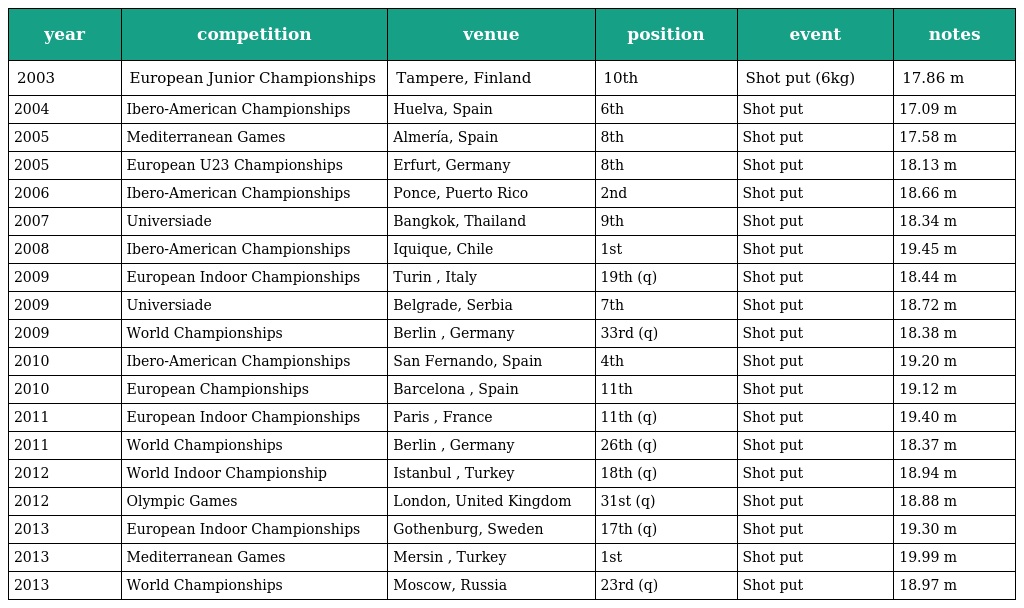
| year | competition | venue | position | event | notes |
 | --- | --- | --- | --- | --- | --- |
 | 2003 | European Junior Championships | Tampere, Finland | 10th | Shot put (6kg) | 17.86 m |
 | 2004 | Ibero-American Championships | Huelva, Spain | 6th | Shot put | 17.09 m |
 | 2005 | Mediterranean Games | Almería, Spain | 8th | Shot put | 17.58 m |
 | 2005 | European U23 Championships | Erfurt, Germany | 8th | Shot put | 18.13 m |
 | 2006 | Ibero-American Championships | Ponce, Puerto Rico | 2nd | Shot put | 18.66 m |
 | 2007 | Universiade | Bangkok, Thailand | 9th | Shot put | 18.34 m |
 | 2008 | Ibero-American Championships | Iquique, Chile | 1st | Shot put | 19.45 m |
 | 2009 | European Indoor Championships | Turin , Italy | 19th (q) | Shot put | 18.44 m |
 | 2009 | Universiade | Belgrade, Serbia | 7th | Shot put | 18.72 m |
 | 2009 | World Championships | Berlin , Germany | 33rd (q) | Shot put | 18.38 m |
 | 2010 | Ibero-American Championships | San Fernando, Spain | 4th | Shot put | 19.20 m |
 | 2010 | European Championships | Barcelona , Spain | 11th | Shot put | 19.12 m |
 | 2011 | European Indoor Championships | Paris , France | 11th (q) | Shot put | 19.40 m |
 | 2011 | World Championships | Berlin , Germany | 26th (q) | Shot put | 18.37 m |
 | 2012 | World Indoor Championship | Istanbul , Turkey | 18th (q) | Shot put | 18.94 m |
 | 2012 | Olympic Games | London, United Kingdom | 31st (q) | Shot put | 18.88 m |
 | 2013 | European Indoor Championships | Gothenburg, Sweden | 17th (q) | Shot put | 19.30 m |
 | 2013 | Mediterranean Games | Mersin , Turkey | 1st | Shot put | 19.99 m |
 | 2013 | World Championships | Moscow, Russia | 23rd (q) | Shot put | 18.97 m |